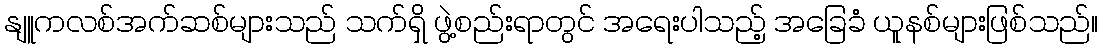
နျူကလစ်အက်ဆစ်များသည် သက်ရှိ ဖွဲ့စည်းရာတွင် အရေးပါသည့် အခြေခံ ယူနစ်များဖြစ်သည်။